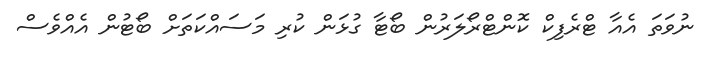
ނުވަތަ އެއާ ޓްރެފިކް ކޮންޓްރޯލަރުން ބޯޓާ ގުޅަން ކުރި މަސައްކަތަށް ބޯޓުން އެއްވެސް